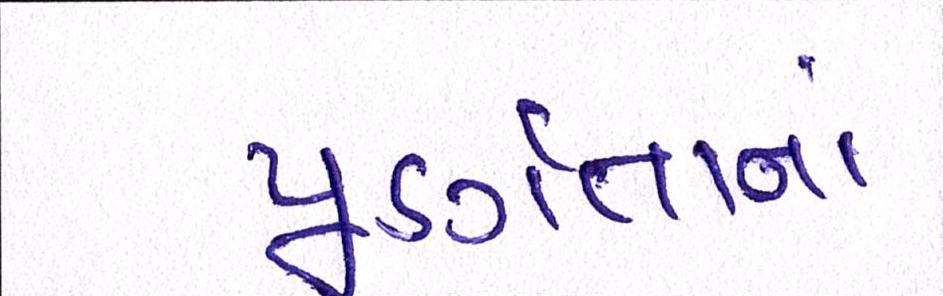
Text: પૂર્ણતાનાં